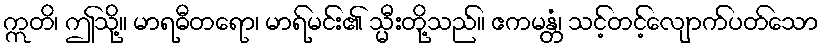
ဣတိ၊ ဤသို့။ မာရဓီတရော၊ မာရ်မင်း၏ သ္မီးတို့သည်။ ဧကမန္တံ၊ သင့်တင့်လျောက်ပတ်သော